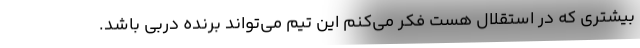
بیشتری که در استقلال هست فکر می‌کنم این تیم می‌تواند برنده دربی باشد.